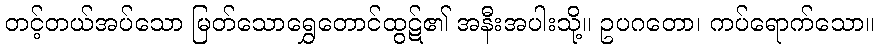
တင့်တယ်အပ်သော မြတ်သောရွှေတောင်ထွဋ်၏ အနီးအပါးသို့။ ဥပဂတော၊ ကပ်ရောက်သော။